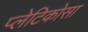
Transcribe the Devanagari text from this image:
प्लेटिकोसा